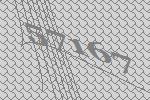
57167